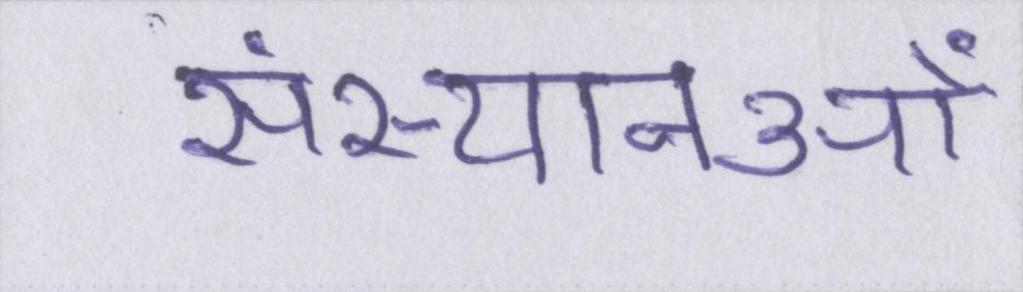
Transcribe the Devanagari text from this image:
संस्थानओं